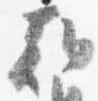
朝